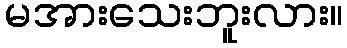
မအားသေးဘူးလား။